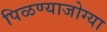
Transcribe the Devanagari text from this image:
पिळण्याजोग्या